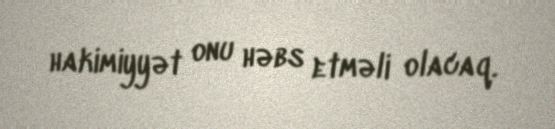
hakimiyyət onu həbs etməli olacaq.